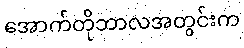
အောက်တိုဘာလအတွင်းက